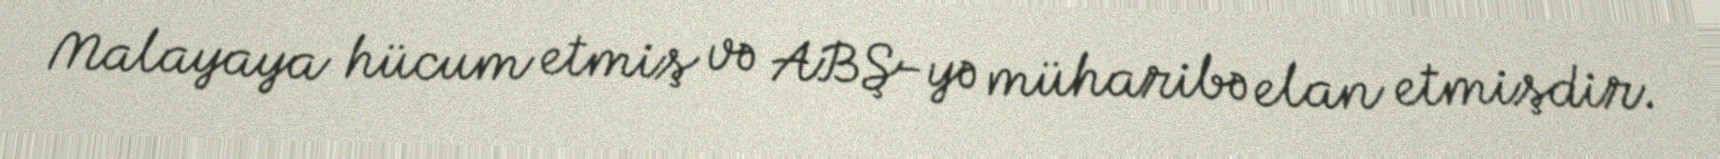
Malayaya hücum etmiş və ABŞ-yə müharibə elan etmişdir.